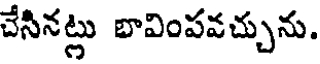
చేసినట్లు బావింపవచ్చును.